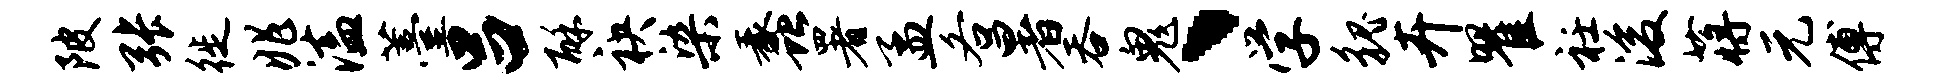
陂张徙兆溘薹吕酥袂染蠡署孟各暑吞鬼、学貌卉瞿衽浚蒋元傅